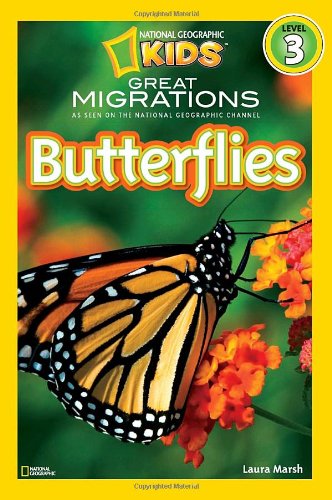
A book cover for National Geographic Readers: Great Migrations Butterflies; Laura Marsh; Children's Books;